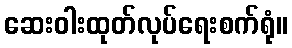
ဆေးဝါးထုတ်လုပ်ရေးစက်ရုံ။